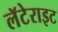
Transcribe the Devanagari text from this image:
लॅटेराइट